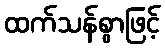
ထက်သန်စွာဖြင့်